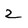
Character: 2